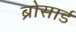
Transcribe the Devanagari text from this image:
ब्रोसार्ड